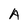
Character: A